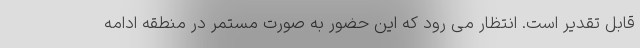
قابل تقدیر است. انتظار می رود که این حضور به صورت مستمر در منطقه ادامه